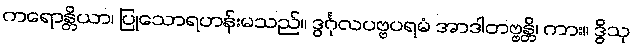
ကရောန္တိယာ၊ ပြုသောရဟန်းမသည်။ ဒွင်္ဂုလပဗ္ဗပရမံ အာဒါတဗ္ဗန္တိ၊ ကား။ ဒွိသု